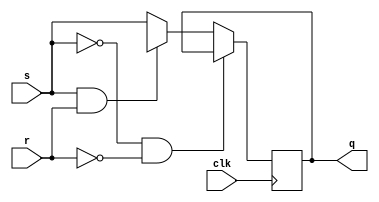
module sr_flipflop
  (input s,r,clk,
   output reg q);
  
  initial 
    q=0;
  always @(posedge clk)
    begin 
      if(clk==0)
        q=q;
      else if( s==0 && r==0)
        q=q;
      else if( s==1 && r==1)
        q=1'bx;
      
      else 
        q=s;
    end
endmodule